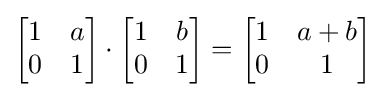
{\begin{bmatrix}1&a\\0&1\end{bmatrix}}\cdot {\begin{bmatrix}1&b\\0&1\end{bmatrix}}={\begin{bmatrix}1&a+b\\0&1\end{bmatrix}}